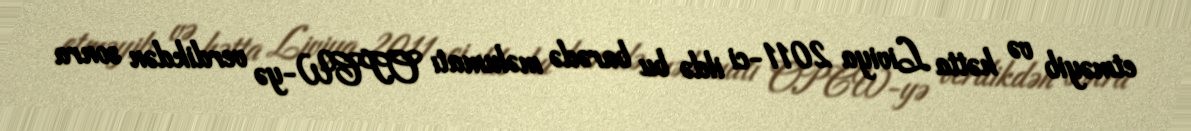
etməyib və hətta Liviya 2011-ci ildə bu barədə məlumatı OPCW-yə verdikdən sonra